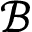
\mathcal { B }